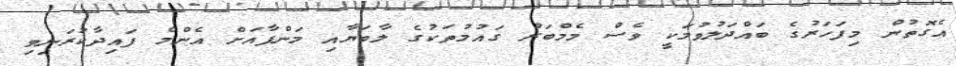
އެގޮތުން މިފަހަރުގެ ބައްދަލުވުމަކީ ވެސް މެމްބަރު ގައުމުތަކުގެ ލާބަޔާއި މަންފާއަށް އެންމެ ފައިދާކުރަނިވި